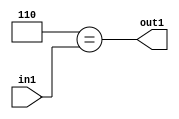
`timescale 1ps / 1ps
/*****************************************************************************
    Verilog RTL Description
    
    
    Created by: Stratus DpOpt 21.05.01 
*******************************************************************************/

module dut_Equal_1U_13_4 (
	in1,
	out1
	); /* architecture "behavioural" */ 
input [2:0] in1;
output  out1;
wire  asc001;

assign asc001 = (8'B00000110==in1);

assign out1 = asc001;
endmodule

/* CADENCE  urXyQgk= : u9/ySxbfrwZIxEzHVQQV8Q== ** DO NOT EDIT THIS LINE ******/